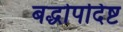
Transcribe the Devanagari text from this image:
बद्धोपदिष्ट